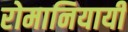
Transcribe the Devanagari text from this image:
रोमानियायी